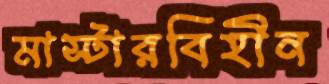
মাস্টারবিহীন